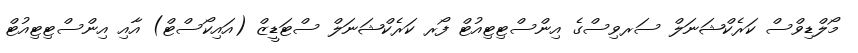
މޯލްޑިވްސް ކަރެކްޝަނަލް ސަރވިސްގެ އިންސްޓިޓިއުޓް ފޯރ ކަރެކްޝަނަލް ސްޓަޑީޒް (އައިކޯސްޓް) އާއި އިންސްޓިޓިއުޓް